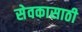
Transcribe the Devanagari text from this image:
सेवकासाठी